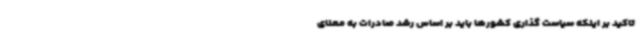
تاکید بر اینکه سیاست گذاری کشورها باید بر اساس رشد صادرات به معنای